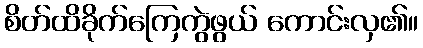
စိတ်ထိခိုက်ကြေကွဲဖွယ် ကောင်းလှ၏။